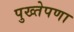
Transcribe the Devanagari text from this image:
पुख्तेपणा